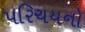
પરિચયનો